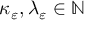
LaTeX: \kappa _ { \varepsilon } , \lambda _ { \varepsilon } \in \mathbb { N }